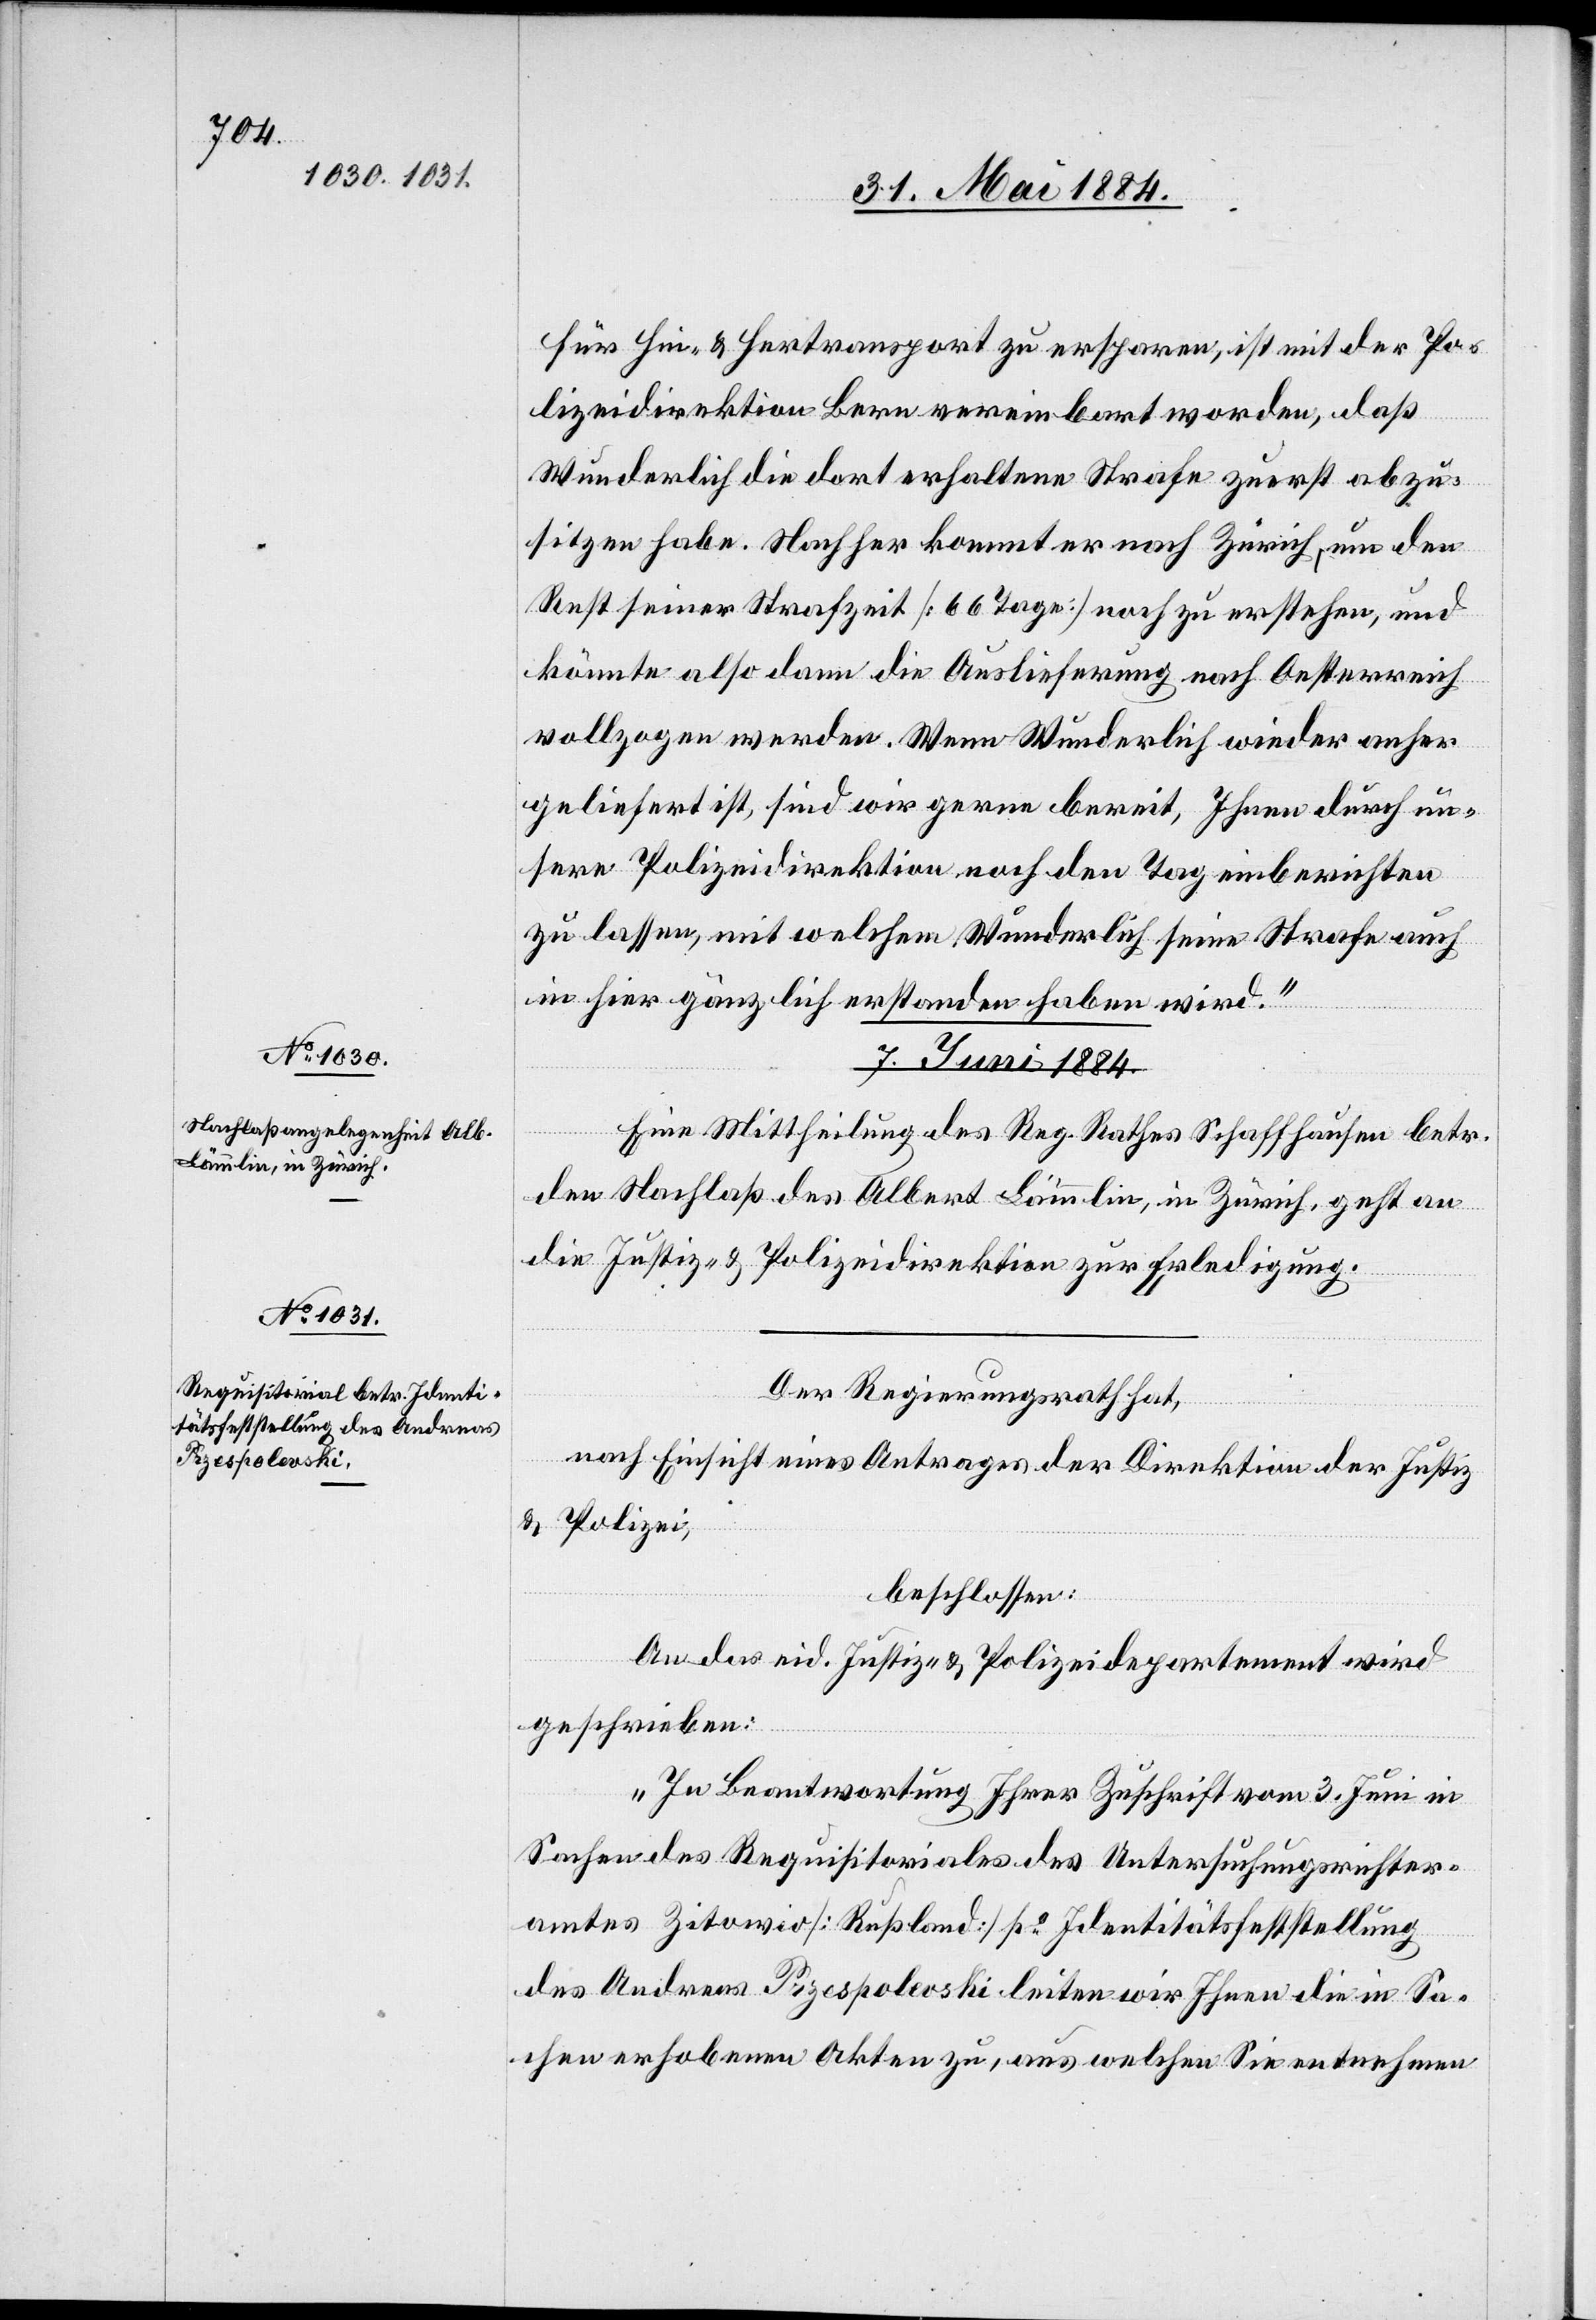
für Hin- & Hertransport zu ersparen, ist mit der Po¬
lizeidirektion Bern vereinbart worden, daß
Wunderlich die dort erhaltene Strafe zuerst abzu¬
sitzen habe. Nachher kommt er nach Zürich, um den
Rest seiner Strafzeit [66 Tage] noch zu erstehen, und
könnte also dann die Auslieferung nach Oesterreich
vollzogen werden. Wenn Wunderlich wieder anher
geliefert ist, sind wir gerne bereit, Ihnen durch un¬
sere Polizeidirektion noch den Tag einberichten
zu lassen, mit welchem Wunderlich seine Strafe auch
in hier gänzlich erstanden haben wird.“
07. Juni 1884.]
Eine Mittheilung des Reg. Rathes Schaffhausen betr.
den Nachlaß des Albert Lämmlin, in Zürich, geht an
die Justiz- & Polizeidirektion zur Erledigung.
Der Regierungsrath hat,
nach Einsicht eines Antrages der Direktion der Justiz
& Polizei,
beschlossen:
An das eid. Justiz- & Polizeidepartement wird
geschrieben:
„In Beantwortung Ihrer Zuschrift vom 3. Juni in
Sachen des Requisitorials des Untersuchungsrichter¬
amtes Zitowio [Rußland] po Identitätsfeststellung
des Andreas Przespolevski leiten wir Ihnen die in Sa¬
chen erhobenen Akten zu, aus welchen Sie unternehmen